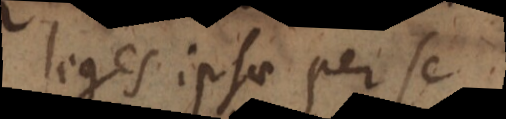
leges ipsae per se